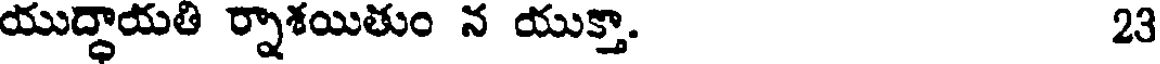
యుద్ధాయతి ర్నాశయితుం న యుక్తా. 23